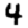
Digit: 4